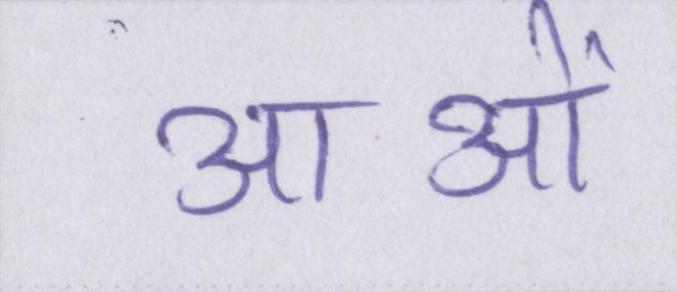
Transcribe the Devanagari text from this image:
आओं